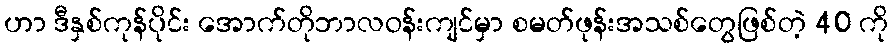
ဟာ ဒီနှစ်ကုန်ပိုင်း အောက်တိုဘာလဝန်းကျင်မှာ စမတ်ဖုန်းအသစ်တွေဖြစ်တဲ့ 40 ကို